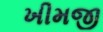
ખીમજી